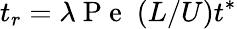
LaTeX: t_{r}=\lambda\mathrm{~P~e~}\; (L/U)t^{\ast}